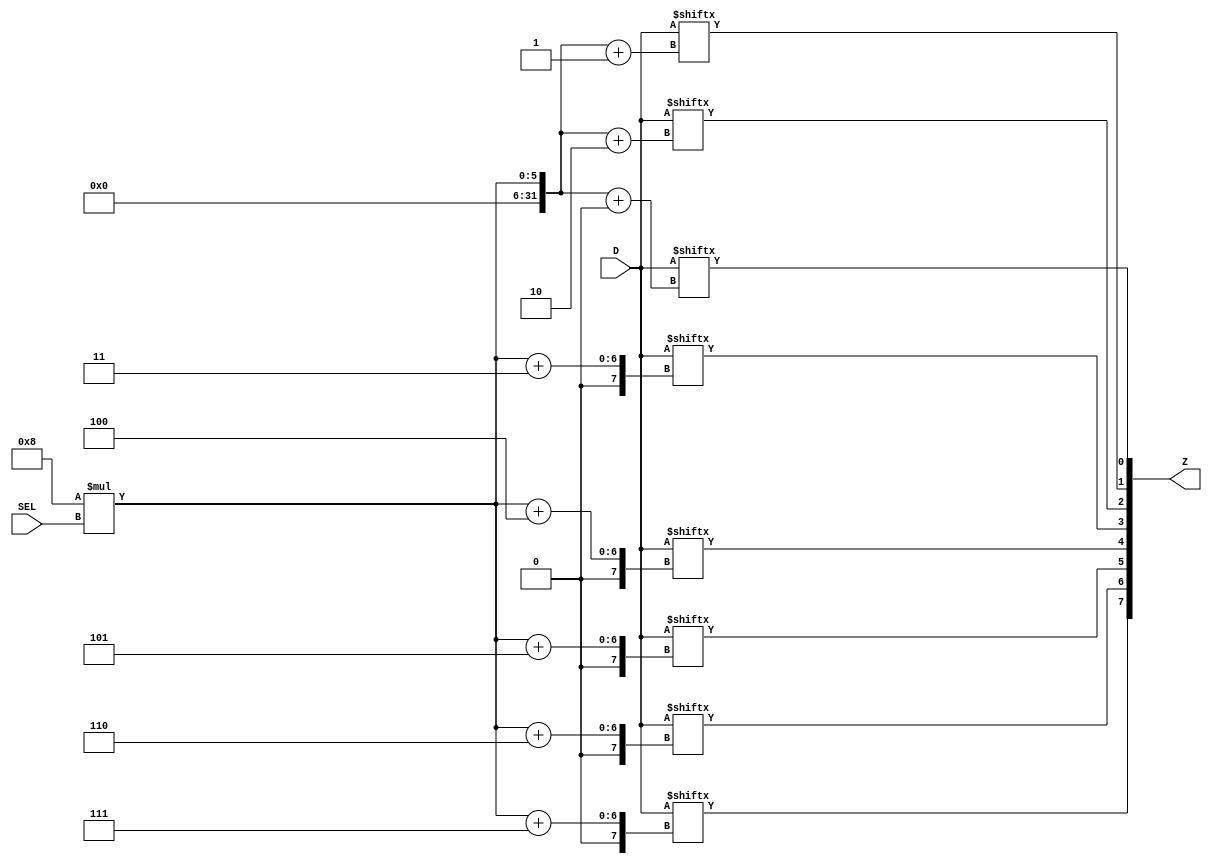
module tiger_icache_mux_param (Z, SEL, D);

parameter N = 8; //number of bits wide
parameter M = 4; //number of inputs
parameter S = 2; //number of select lines

parameter W = M * N;
`define DTOTAL W-1:0
`define DWIDTH N-1:0
`define SELW   S-1:0
`define WORDS  M-1:0

input [`DTOTAL] D;
input [`SELW]   SEL;
output [`DWIDTH] Z;

integer i;
reg[`DWIDTH] tmp, Z; //tmp will be used to minimize events

always @(SEL or D) begin
	for (i=0; i<N; i=i+1) //for bits in the width
		tmp[i] = D[N*SEL+i];
	Z = tmp;
end

endmodule